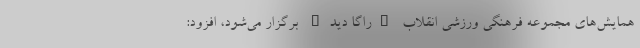
همایش‌های مجموعه فرهنگی ورزشی انقلاب "راگا دید" برگزار می‌شود، افزود: